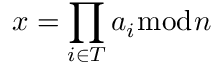
x = \prod _ { i \in T } a _ { i } { \bmod { n } }